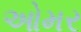
ઓમર